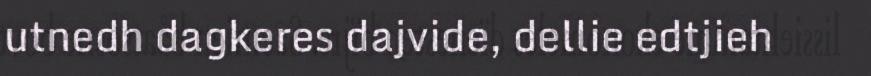
utnedh dagkeres dajvide, dellie edtjieh